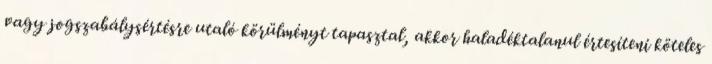
vagy jogszabálysértésre utaló körülményt tapasztal, akkor haladéktalanul értesíteni köteles